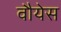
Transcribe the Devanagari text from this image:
वौयेस